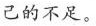
己的不足。